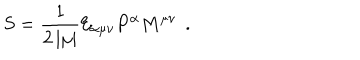
LaTeX: S = \frac 1 { 2 \left| \mu \right| } { \cal E } _ { \alpha \mu \nu } P ^ { \alpha } M ^ { \mu \nu } \; \, .